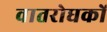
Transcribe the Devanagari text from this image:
वातरोधकों